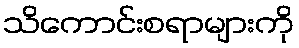
သိကောင်းစရာများကို